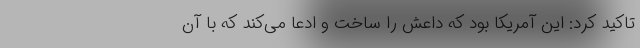
تاکید کرد: این آمریکا بود که داعش را ساخت و ادعا می‌کند که با آن